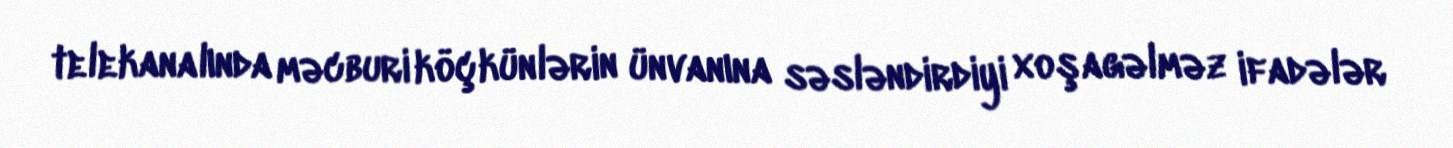
telekanalında məcburi köçkünlərin ünvanına səsləndirdiyi xoşagəlməz ifadələr